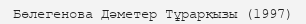
Бөлегенова Дәметер Тұрарқызы (1997)